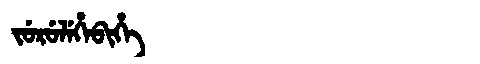
Manchu: ᠵᡠᡵᡠᠯᡝᡥᡝᠪᡳᡥᡝ
Romanization: JURULEHEBIHE